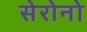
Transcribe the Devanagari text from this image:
सेरोनो